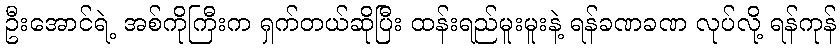
ဦးအောင်ရဲ့ အစ်ကိုကြီးက ရှက်တယ်ဆိုပြီး ထန်းရည်မူးမူးနဲ့ ရန်ခဏခဏ လုပ်လို့ ရန်ကုန်